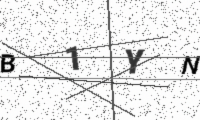
Text: B1YN